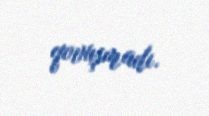
qovuşmadı.